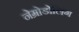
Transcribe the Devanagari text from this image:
नेम्रोडोलिंग